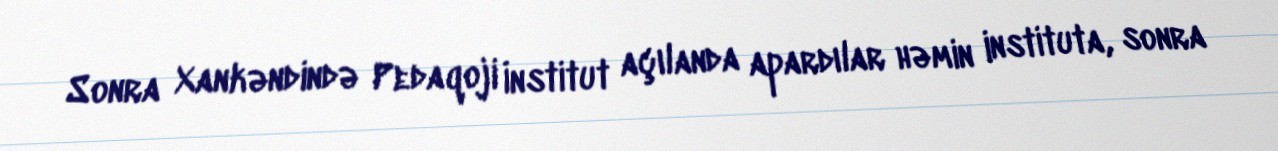
Sonra Xankəndində Pedaqoji İnstitut açılanda apardılar həmin instituta, sonra